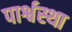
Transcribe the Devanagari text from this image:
पार्श्वस्था